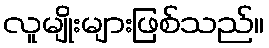
လူမျိုးများဖြစ်သည်။